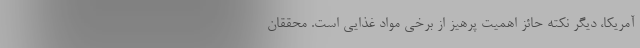
آمریکا، دیگر نکته حائز اهمیت پرهیز از برخی مواد غذایی است. محققان